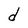
Character: d